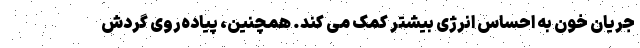
جریان خون به احساس انرژی بیشتر کمک می کند. همچنین، پیاده‌روی گردش